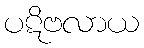
ပဋိဗလာယ